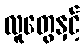
လူတွေနှင့်